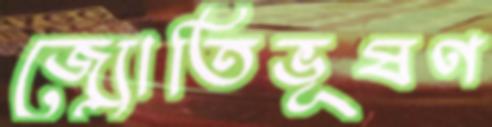
জ্যোতিভূষণ